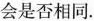
会是否相同。